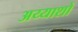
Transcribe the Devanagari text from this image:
अय्याशों